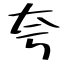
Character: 夸